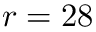
r = 2 8